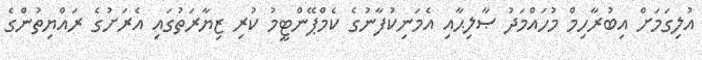
އުލިގަމަށް އިބުރާހިމް މުހައްމަދު ޞާލިޙާއި އެމަނިކުފާނުގެ ކެމްޕޭންޓީމު ކުރި ޒިޔާރަތުގައި އެރަށުގެ ރައްޔިތުންގެ